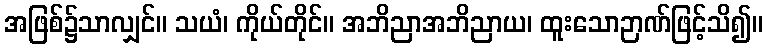
အဖြစ်၌သာလျှင်။ သယံ၊ ကိုယ်တိုင်။ အဘိညာအဘိညာယ၊ ထူးသောဉာဏ်ဖြင့်သိ၍။